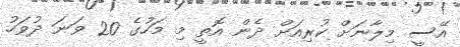
އޭސީ މިލާނަށް ކުރިއަށް ދެން އޮތީ މި މަހުގެ 20 ވަނަ ދުވަހު